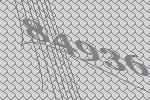
84936